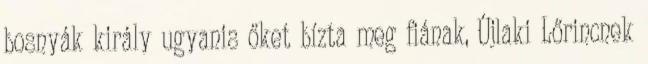
bosnyák király ugyanis őket bízta meg fiának, Újlaki Lőrincnek